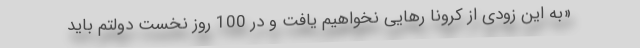
«به این زودی از کرونا رهایی نخواهیم یافت و در 100 روز نخست دولتم باید